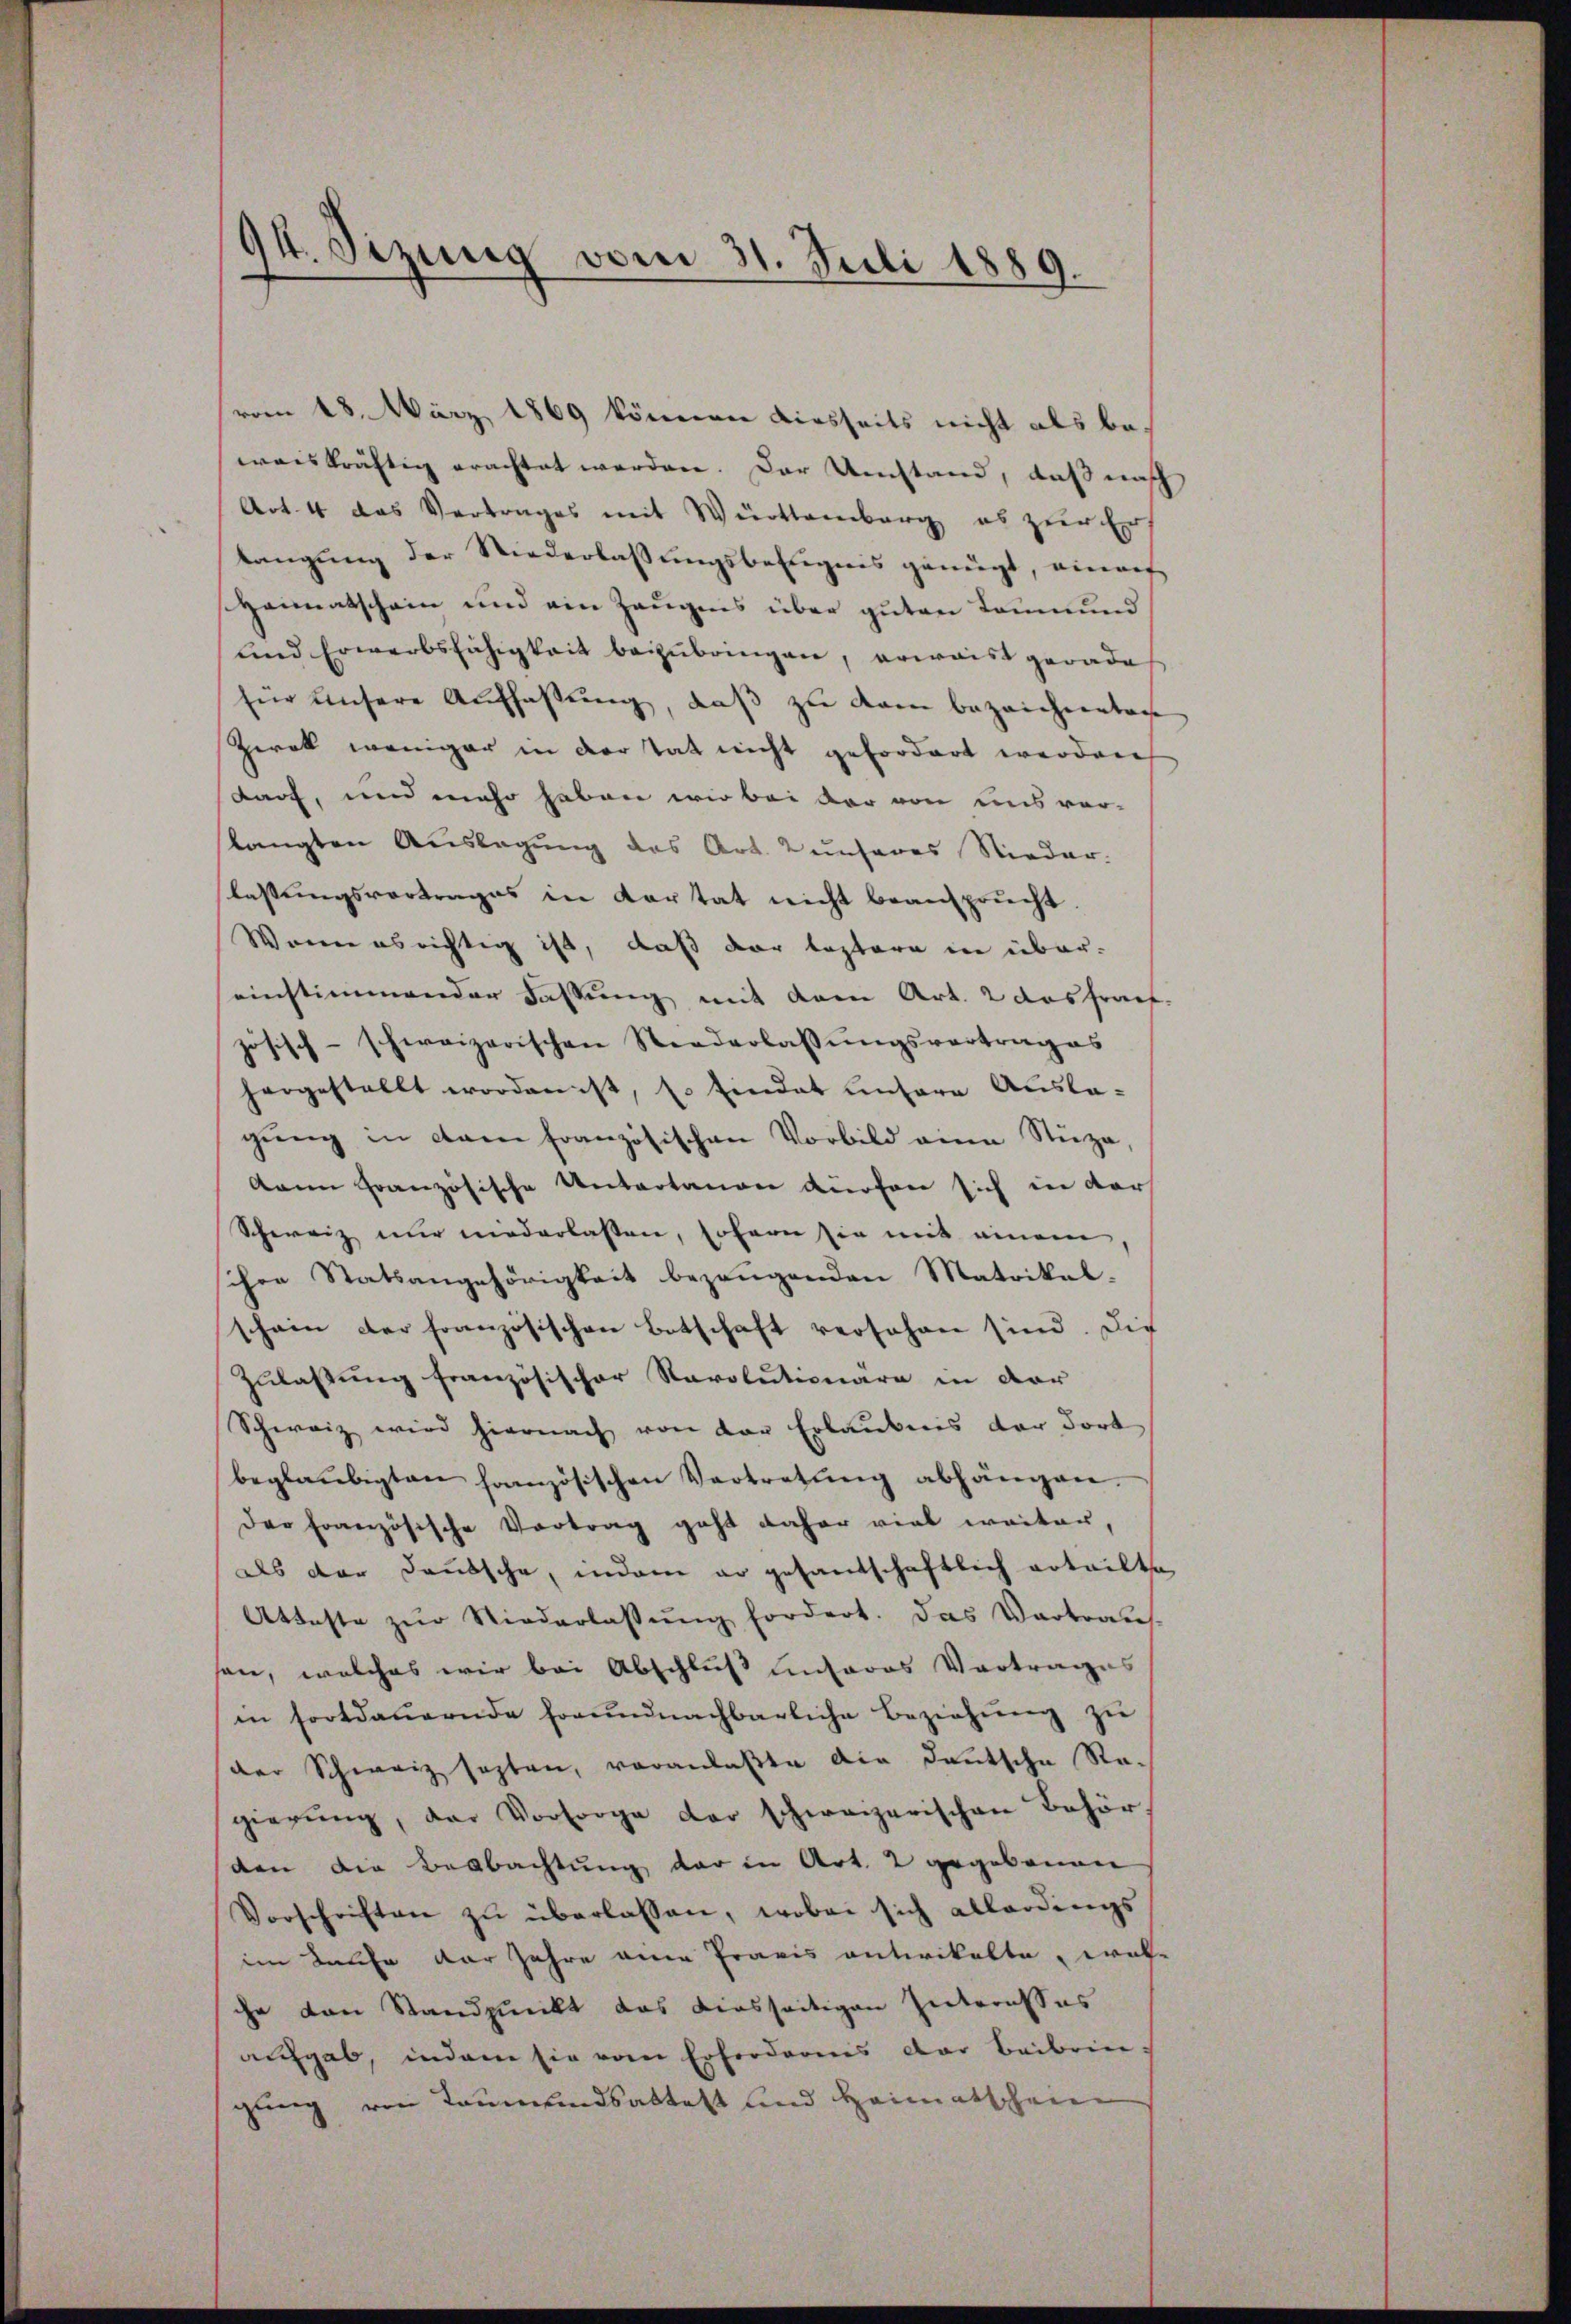
vom 28. März 1869 können diesseits nicht als beweiskräftig erachtet werden. Der Umstand, daß nach
Art. 4 das Vertrages mit Württemberg, es zur Er
tangŭng der Niederlassŭngsbefugnis genügt, einauf
Heimatschein und ein Zeugens über guten kaum und
und Erwerbsfähigkeit beizubringen, erwaist gerade
für unsere Auffassung, daß zu kam bezeichnentag
Zwek weniger in der Tat nicht gefordert werden
darf, und mehr haben wir bei der von uns ver-
langten Auslagung des Art. unseres Nieder-
lassungsvertrages in Kortat nicht beansprucht
Wenn ausrichtig ist, daß der leztere in übereinstimmender Fassung mit dem Art. 2 ausfrauf.
jösisch-schweizerischen Niederlassŭngsvortrages
hergestellt worden ist, so findet unsere Ausla-
gung in dem französischen Vorbild eine Stuza,
kann französische Untertanen dürfen sich in dars
Schweiz nur niederlassen, sofern sie mit einem
schon Statsangehörigkeit bezeugenden Matrikel-
schein der französischen Botschaft versehen sind. Die
Zulaßung französischer Revolutionara in der
Schweiz wird hiernach von der Erlaubnis der dort
beglaubigten hanzösischen Vertretŭng abhängen.
der Französische Vortrag geht daher viel weiter,
als der Deutsche, indem er gesantschaftlich erteilte
Atteste zŭr Niederlassŭng fordert. Das Vertraus-
sen, welches wir bei Abschluß unseres Vortrages
in fortdauernde freundnachbarliche Beziehŭng zŭ
der Schweiz sagten, veranlaßte die deutsche Re-
gierŭng, der Vorsorge der schweizerischen Behör-
den die Beobachtung der in Art. 2 gegebenen
Vorschriften zŭ überlassen, wobei sich allerdings
im Kaufe der Jahre eine Pravis entwickelte, wel-
ihr von Standpunkt das diesseitigen Interesses
augab, indem sie vom Erforderes der Beibrin-
gung von Leumundsabtest und Heimatschein

94. Sizung vom 31. Juli 1889.